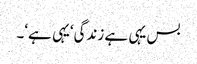
بس یہی ہے زندگی‘یہی ہے‘۔